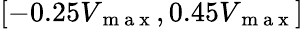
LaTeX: [-0.25V_{\mathrm{~m~a~x~}},0.45V_{\mathrm{~m~a~x~}}]